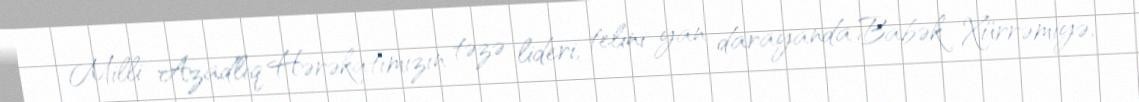
Milli Azadlıq Hərəkatımızın təzə lideri, telini yan darayanda Babək Xürrəmiyə,